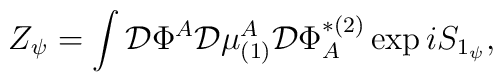
Z_\psi =\int {\cal D}\Phi ^A{\cal D}\mu _{(1)}^A{\cal D}\Phi_A^{*(2)}\exp iS_{1_\psi },